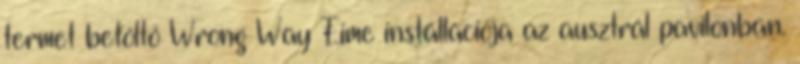
termet betöltő Wrong Way Time installációja az ausztrál pavilonban.